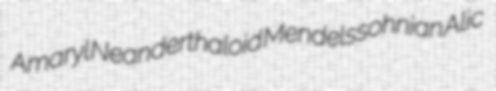
Amaryl Neanderthaloid Mendelssohnian Alic